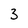
Character: 3